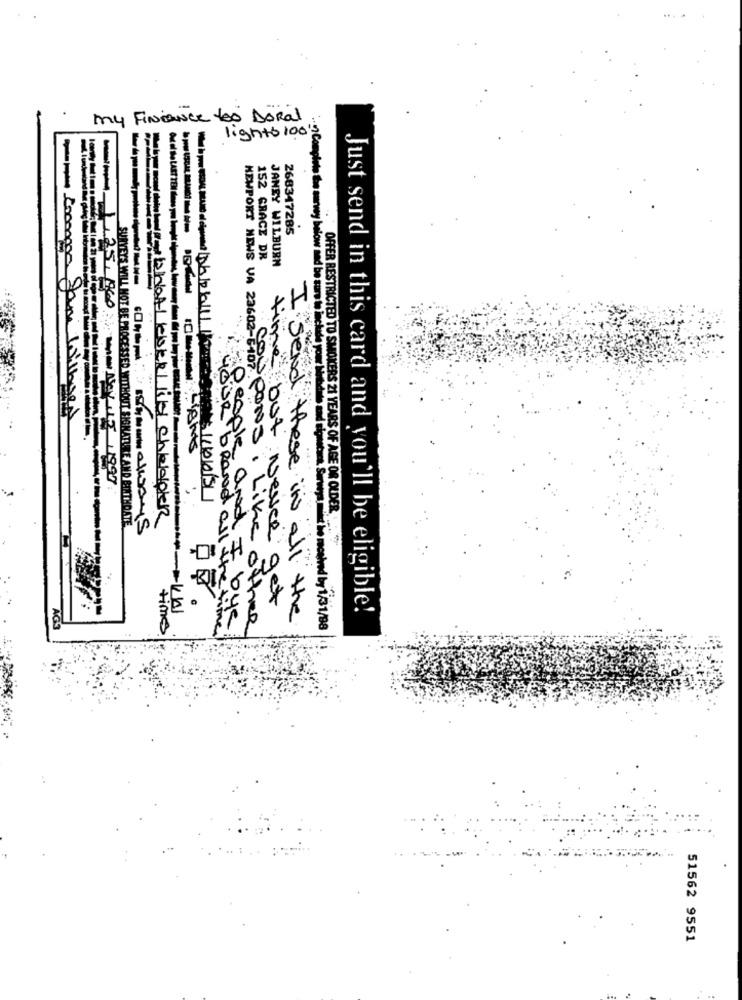
my Finance too DoRal
F
lights 100
268347285
152 GRACE DR
JANEY WILBURN
H
.on Complete the survey below and be sure to include yo
NEWPORT NEWS VA 23602-E107
Lomma Jani Lombo
People
1.25,060 Wenn NOV 15/1997
brott leser lily chedoen
SURVEYS WILL NOT BE PROCESSED WITHOUT SIGNATURE AND SINTHOATE
OFFER RESTRICTED TO SMOKERS 21 YEARS OF AGE OR OLDER ...
DE .
YOUR brand all The a
time but Never get
Just send in this card and you'll be eligible!
coupons , Like other
Send these in all the
time
------- end by 1/31/98
51562 9551